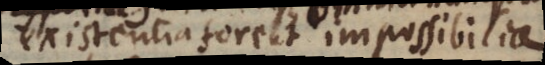
existentia forent impossibilia